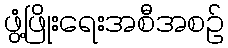
ဖွံ့ဖြိုးရေးအစီအစဉ်